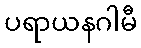
ပရာယနဂါမီ